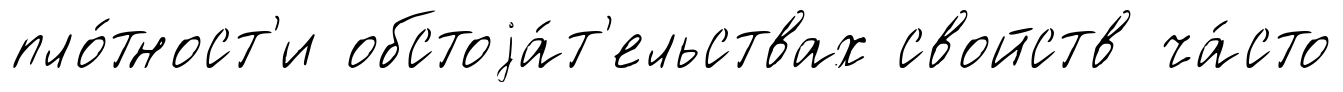
пло́тност'и обстоjа́т'ельствах свойств ча́сто